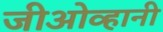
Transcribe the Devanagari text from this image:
जीओव्हानी